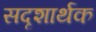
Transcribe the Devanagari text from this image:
सदृशार्थक